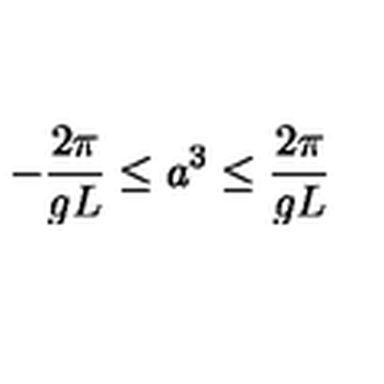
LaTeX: - \frac { 2 \pi } { g L } \leq a ^ { 3 } \leq \frac { 2 \pi } { g L }